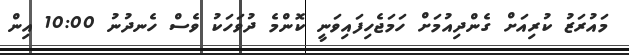
މައުރަޒު ކުރިއަށް ގެންދިއުމަށް ހަމަޖެހިފައިވަނީ ކޮންމެ ދުވަހަކު ވެސް ހެނދުނު 10:00 އިން